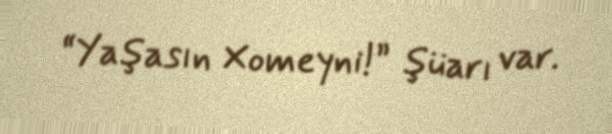
“Yaşasın Xomeyni!” şüarı var.